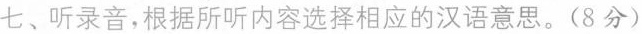
七、听录音，根据所听内容选择相应的汉语意思。(8分